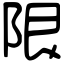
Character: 限